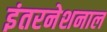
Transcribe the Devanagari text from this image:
इंतरनेशनाल